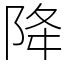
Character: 降